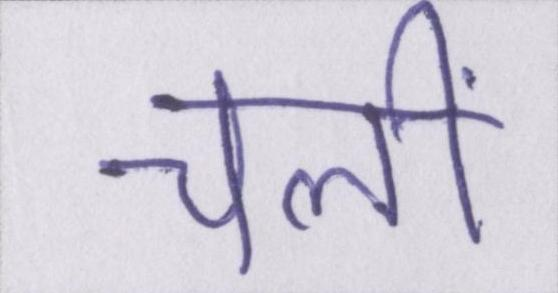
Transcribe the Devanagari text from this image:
चलीं